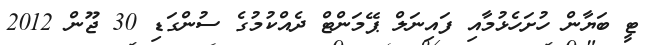
ޓީ ބަޔާން ހުށަހެޅުމާއި ފައިނަލް ޕޭމަންޓް ދެއްކުމުގެ ސުންގަޑި 30 ޖޫން 2012